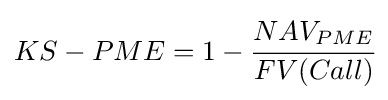
KS-PME=1-{\cfrac {NAV_{PME}}{FV(Call)}}